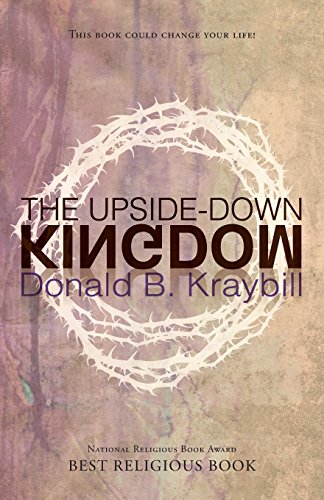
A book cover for The Upside-Down Kingdom; Donald B Kraybill; Christian Books & Bibles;